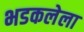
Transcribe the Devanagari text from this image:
भडकलेला